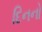
દિનનો